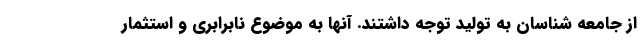
از جامعه شناسان به تولید توجه داشتند. آنها به موضوع نابرابری و استثمار